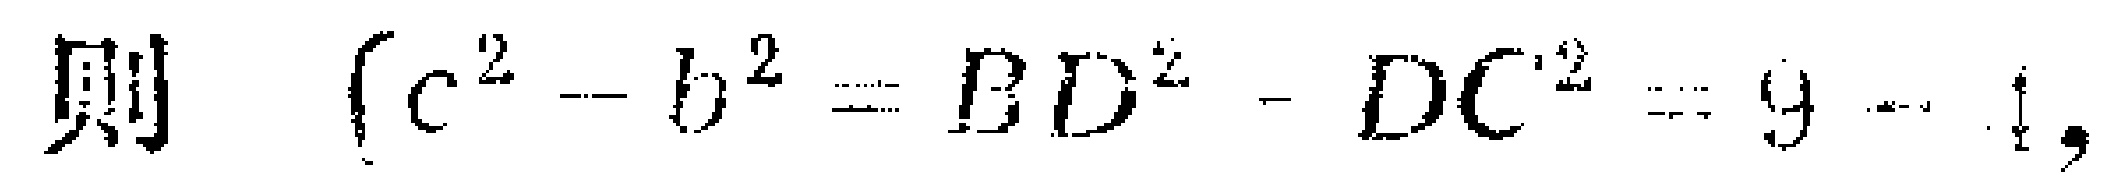
则 \(c^{2}-b^{2}=BD^{2}-DC^{2}=9 - 4\)，